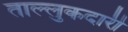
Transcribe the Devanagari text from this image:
ताल्लुकदारी